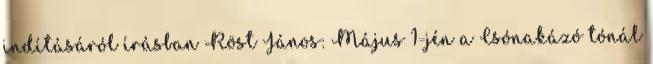
indításáról írásban Röst János: Május 1-jén a Csónakázó tónál